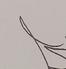
Signature authenticity: genuine